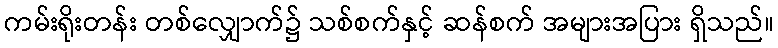
ကမ်းရိုးတန်း တစ်လျှောက်၌ သစ်စက်နှင့် ဆန်စက် အများအပြား ရှိသည်။